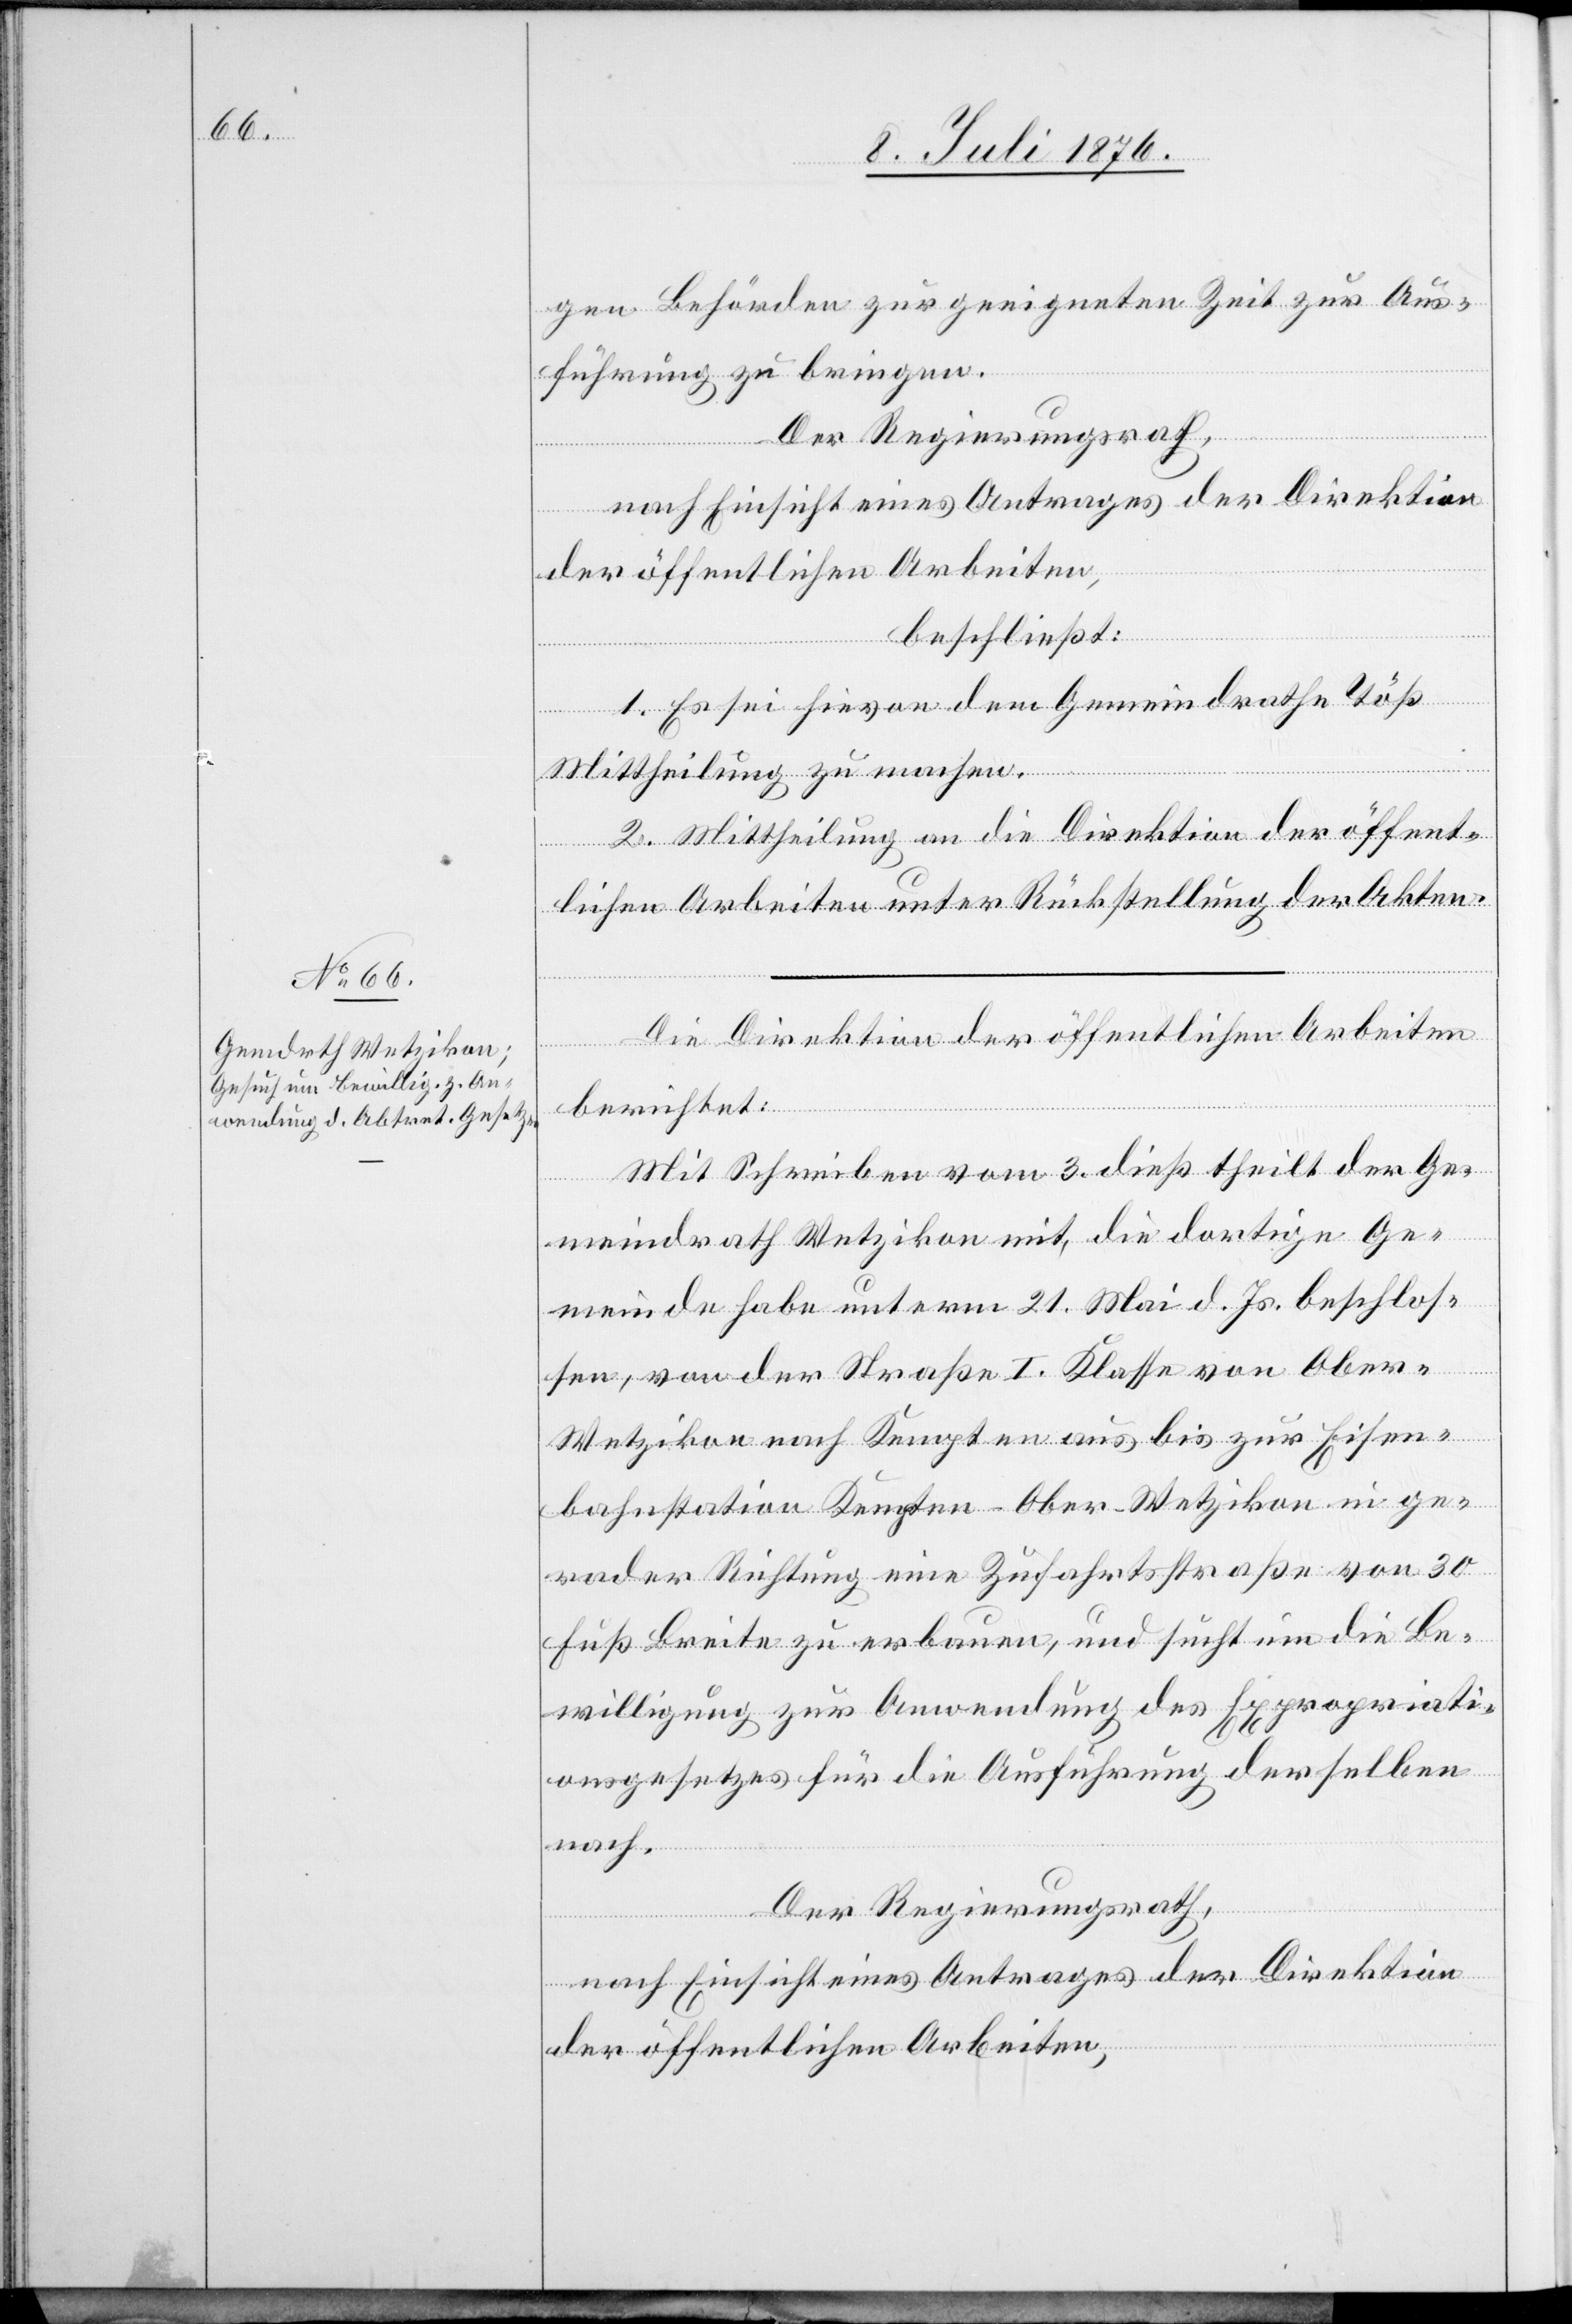
gen Behörden zur geeigneten Zeit zur Aus¬
führung zu bringen.
Der Regierungsrath,
nach Einsicht eines Antrages der Direktion
der öffentlichen Arbeiten,
beschließt:
1. Es sei hievon dem Gemeindrathe Töß
Mitheilung zu machen.
2. Mittheilung an die Direktion der öffent¬
lichen Arbeiten unter Rückstellung der Akten.
Die Direktion der öffentlichen Arbeiten
die
berichtet:
Mit Schreiben vom 3. dieß theilt der Ge¬
meindrath Wetzikon mit, die dortige Ge¬
meinde habe unterm 21. Mai d. Js. beschlos¬
sen, von der Straße I. Klasse von Ober-W¬
etzikon nach Kempten aus bis zur Eisen¬
bahnstation Kempten-Ober-Wetzikon in ge¬
rader Richtung eine Zufahrtsstraße von 30
Fuß Breite zu erbauen, und sucht um die Be¬
willigung zur Anwendung der Expropriati¬
nach.
Der Regierungsrath,
nach Einsicht eines Antrages der Direktion
der öffentlichen Arbeiten,